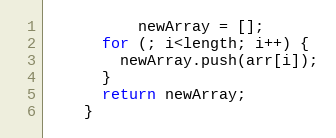
Language: JavaScript
          newArray = [];
      for (; i<length; i++) {
        newArray.push(arr[i]);
      }
      return newArray;
    }